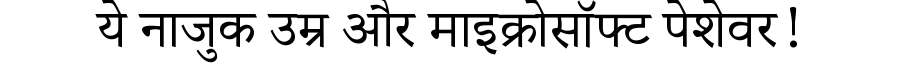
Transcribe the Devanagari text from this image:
ये नाजुक उम्र और माइक्रोसॉफ्ट पेशेवर!